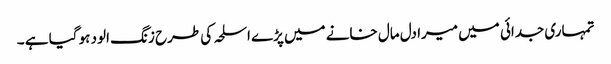
تمہاری جدائی میں میرا دل مال خانے میں پڑے اسلحہ کی طرح زنگ الود ہو گیا ہے ۔